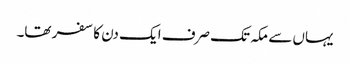
یہاں سے مکہ تک صرف ایک دن کا سفر تھا۔